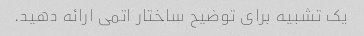
یک تشبیه برای توضیح ساختار اتمی ارائه دهید.